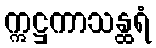
ဣဋ္ဌကာသန္ထရံ